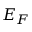
E _ { F }